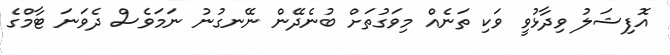
އޮފިޝަލު ވިދާޅުވީ ވަކި ތަނެއް މިވަގުތަށް ބުނެދޭން ނޭނގުނު ނަމަވެސް ދެވަނަ ޓާމްގެ